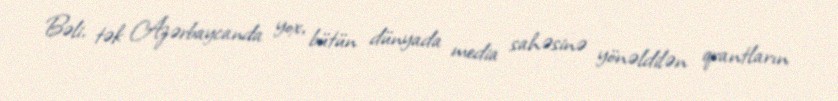
Bəli, tək Azərbaycanda yox, bütün dünyada media sahəsinə yönəldilən qrantların